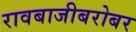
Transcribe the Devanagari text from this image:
रावबाजीबरोबर